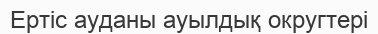
Ертіс ауданы ауылдық округтері